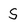
Character: S